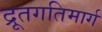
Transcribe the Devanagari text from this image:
द्रूतगतिमार्ग